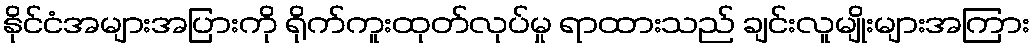
နိုင်ငံအများအပြားကို ရိုက်ကူးထုတ်လုပ်မှု ရာထားသည် ချင်းလူမျိုးများအကြား